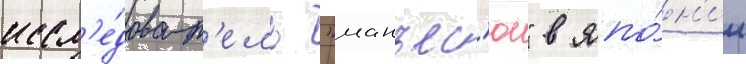
иссл'е́доват'ель "манъес'ю" в япо́н'ии